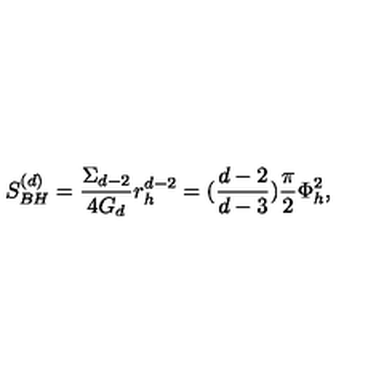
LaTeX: S _ { B H } ^ { ( d ) } = { \frac { \Sigma _ { d - 2 } } { 4 G _ { d } } } r _ { h } ^ { d - 2 } = ( { \frac { d - 2 } { d - 3 } } ) { \frac { \pi } { 2 } } \Phi _ { h } ^ { 2 } ,